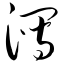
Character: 泻